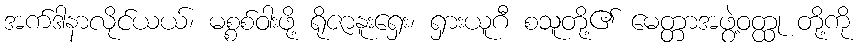
အက်ဒါနာလိုင်ယယ်၊ မစ္စစ်ဝါးဖို့ ရိုဇာနူးရှေး၊ ရှားယူဂီ စသူတို့၏ မေတ္တာအဖွဲ့ဝတ္ထု တို့ကို